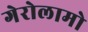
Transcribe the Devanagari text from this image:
गेरोलामो